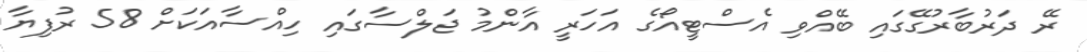
ރޭ ދަރުބާރުގޭގައި ބޭއްވި އެސްޓީއޯގެ އަހަރީ އާންމު ޖަލްސާގައި ހިއްސާއަކަށް 58 ރުފިޔާ